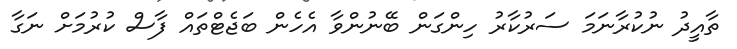
ތާއީދު ނުކުރާނަމަ ސަރުކާރު ހިންގަން ބޭނުންވާ އެހެން ބަޖެޓްތައް ފާސް ކުރުމަށް ނަގާ